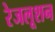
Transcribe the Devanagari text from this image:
रेजलूशन